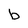
Character: b